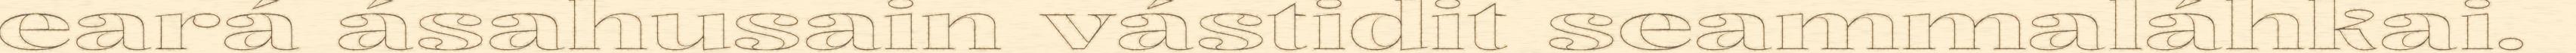
eará ásahusain vástidit seammaláhkai.